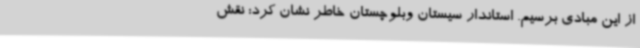
از این مبادی برسیم. استاندار سیستان وبلوچستان خاطر نشان کرد: نقش